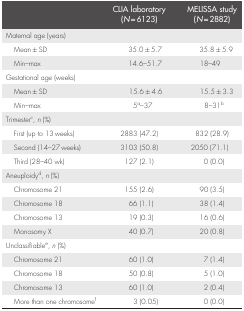
|  | CLIA laboratory (N = 6123) | MELISSA study (N = 2882) |
 | --- | --- | --- |
 | <COLSPAN=3> Maternal age (years) |
 | Mean ± SD | 35.0 ± 5.7 | 35.8 ± 5.9 |
 | Min–max | 14.6–51.7 | 18–49 |
 | <COLSPAN=3> Gestational age (weeks) |
 | Mean ± SD | 15.6 ± 4.6 | 15.5 ± 3.3 |
 | Min–max | 5a–37 | 8–31b |
 | <COLSPAN=3> Trimesterc, n (%) |
 | First (up to 13 weeks) | 2883 (47.2) | 832 (28.9) |
 | Second (14–27 weeks) | 3103 (50.8) | 2050 (71.1) |
 | Third (28–40 wk) | 127 (2.1) | 0 (0.0) |
 | <COLSPAN=3> Aneuploidyd, n (%) |
 | Chromosome 21 | 155 (2.6) | 90 (3.5) |
 | Chromosome 18 | 66 (1.1) | 38 (1.4) |
 | Chromosome 13 | 19 (0.3) | 16 (0.6) |
 | Monosomy X | 40 (0.7) | 20 (0.8) |
 | <COLSPAN=3> Unclassifiablee, n (%) |
 | Chromosome 21 | 60 (1.0) | 7 (1.4) |
 | Chromosome 18 | 50 (0.8) | 5 (1.0) |
 | Chromosome 13 | 60 (1.0) | 2 (0.4) |
 | More than one chromosomef | 3 (0.05) | 0 (0.0) |